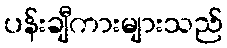
ပန်းချီကားများသည်